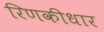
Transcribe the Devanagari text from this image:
रिणकीधार